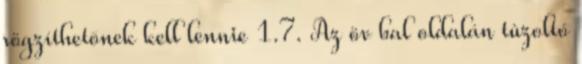
rögzíthetõnek kell lennie 1.7. Az öv bal oldalán tûzoltó